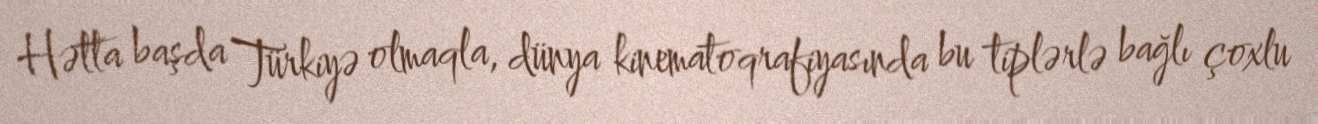
Hətta başda Türkiyə olmaqla, dünya kinematoqrafiyasında bu tiplərlə bağlı çoxlu